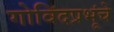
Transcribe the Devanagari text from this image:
गोविंदप्रभूंचे